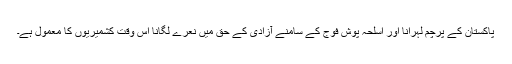
پاکستان کے پرچم لہرانا اور اسلحہ پوش فوج کے سامنے آزادی کے حق میں نعرے لگانا اس وقت کشمیریوں کا معمول ہے۔